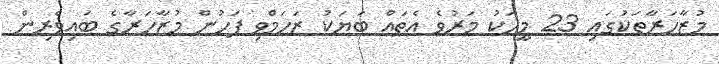
މުޒާހަރާތަކުގައި 23 މީހަކު މަރުވެ އެތައް ބަޔަކު ޒަހަމްވި ފަހުން މުޒާހަރާގެ ބައިވެރިން